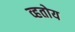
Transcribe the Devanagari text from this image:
व्हतोय